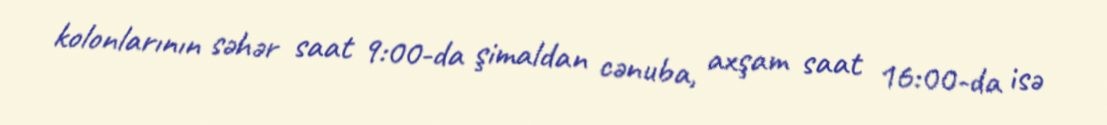
kolonlarının səhər saat 9:00-da şimaldan cənuba, axşam saat 16:00-da isə